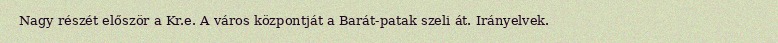
Nagy részét először a Kr.e. A város központját a Barát-patak szeli át. Irányelvek.